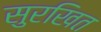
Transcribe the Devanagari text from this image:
सुरखित